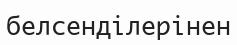
белсенділерінен